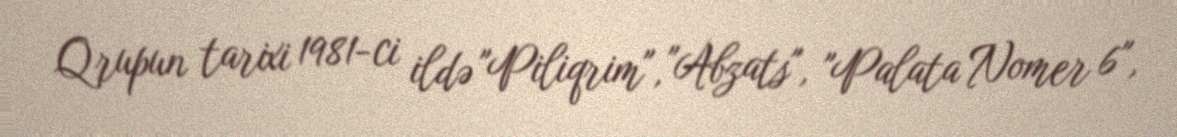
Qrupun tarixi 1981-ci ildə "Piliqrim", "Abzats", "Palata Nomer 6",